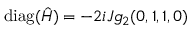
\mathrm { d i a g } ( \hat { H } ) = - 2 i J g _ { 2 } ( 0 , 1 , 1 , 0 )